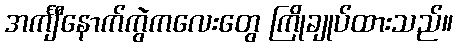
အင်္ကျီနောက်ကွဲကလေးတွေ ကြိုချုပ်ထားသည်။